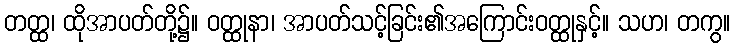
တတ္ထ၊ ထိုအာပတ်တို့၌။ ဝတ္ထုနာ၊ အာပတ်သင့်ခြင်း၏အကြောင်းဝတ္ထုနှင့်။ သဟ၊ တကွ။